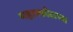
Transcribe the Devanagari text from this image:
महास्फोटाच्या